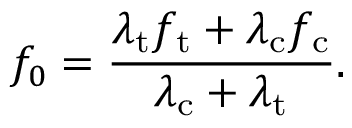
f _ { 0 } = \frac { \lambda _ { \mathrm { t } } f _ { \mathrm { t } } + \lambda _ { \mathrm { c } } f _ { \mathrm { c } } } { \lambda _ { \mathrm { c } } + \lambda _ { \mathrm { t } } } .